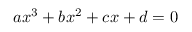
a x ^ { 3 } + b x ^ { 2 } + c x + d = 0